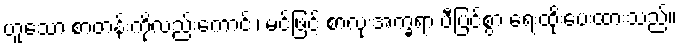
ဟူသော စာတန်းကိုလည်းကောင်း၊ မင်ဖြင့် စာလုံးအက္ခရာ ပီပြင်စွာ ရေးထိုးပေးထားသည်။